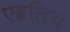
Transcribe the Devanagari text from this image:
एह्रलिच